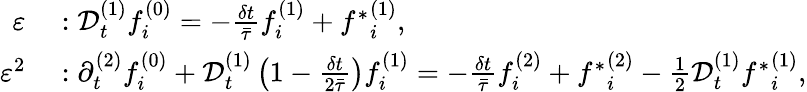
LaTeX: \begin{array}{rl}{\varepsilon}&{{}:\mathcal{D}_{t}^{(1)}f_{i}^{(0)}=-\frac{\delta t}{\bar{\tau}}f_{i}^{(1)}+{f^{*}}_{i}^{(1)},}\\ {\varepsilon^{2}}&{{}:\partial_{t}^{(2)}f_{i}^{(0)}+\mathcal{D}_{t}^{(1)}\left(1-\frac{\delta t}{2\bar{\tau}}\right)f_{i}^{(1)}=-\frac{\delta t}{\bar{\tau}}f_{i}^{(2)}+{f^{*}}_{i}^{(2)}-\frac{1}{2}\mathcal{D}_{t}^{(1)}{f^{*}}_{i}^{(1)},}\end{array}